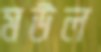
মউল